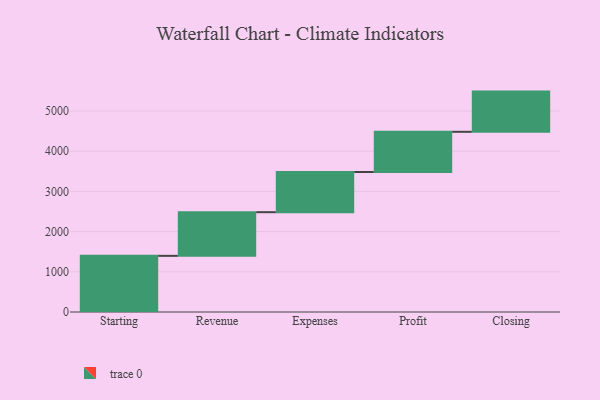
{"axis": {"x": "Step", "y": "Value"}, "legend": [""], "data": [{"x": "Starting", "y": 1397.0, "type": ""}, {"x": "Revenue", "y": 1086.0, "type": ""}, {"x": "Expenses", "y": 1000, "type": ""}, {"x": "Profit", "y": 1000, "type": ""}, {"x": "Closing", "y": 1000, "type": ""}]}